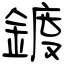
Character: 鍍